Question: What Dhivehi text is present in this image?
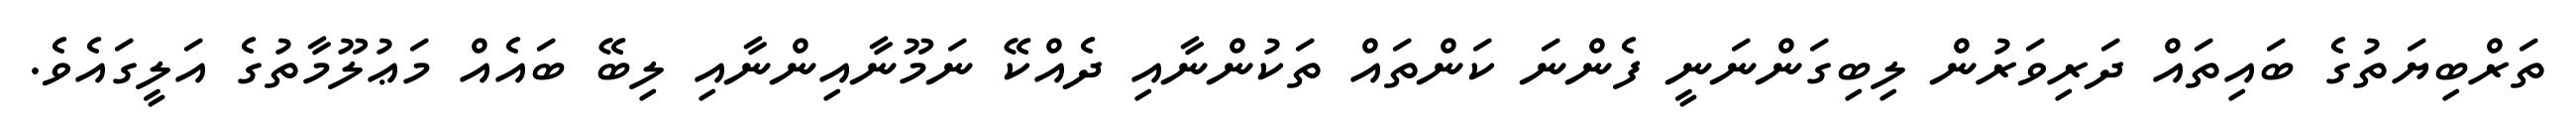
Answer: ތަރްބިޔަތުގެ ބައިތައް ދަރިވަރުން ލިބިގަންނަނީ ފެންނަ ކަންތައް ތަކުންނާއި ދެއްކޭ ނަމޫނާއިންނާއި ލިބޭ ބައެއް މަޢުލޫމާތުގެ އަލީގައެވެ.